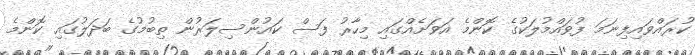
ކުރައްވައިފިނަމަ ފުވައްމުލަކުގެ ކޮންމެ އަވަށެއްގައި މިހާރު ފަސް ކައުންސިލަރުން ތިބުމުގެ ބަދަލުގައި ކޮންމެ